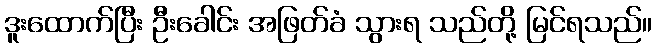
ဒူးထောက်ပြီး ဦးခေါင်း အဖြတ်ခံ သွားရ သည်တို့ မြင်ရသည်။